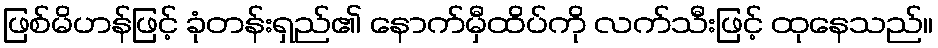
ဖြစ်မိဟန်ဖြင့် ခုံတန်းရှည်၏ နောက်မှီထိပ်ကို လက်သီးဖြင့် ထုနေသည်။